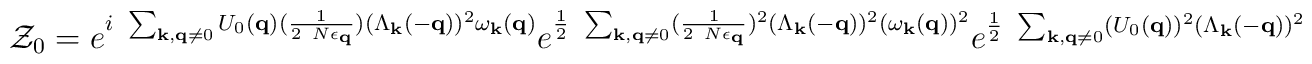
{\mathcal{Z}}_{0} = e^{i\mbox{ }\sum_{ {\bf{k}}, {\bf{q}} \neq 0 }U_{0}({\bf{q}})(\frac{1}{2 \mbox{ }N\epsilon_{ {\bf{q}} }})(\Lambda_{ {\bf{k}} }(-{\bf{q}}))^{2}\omega_{ {\bf{k}} }({\bf{q}}) } e^{\frac{1}{2}\mbox{ }\sum_{ {\bf{k}}, {\bf{q}} \neq 0 }(\frac{1}{2 \mbox{ }N\epsilon_{ {\bf{q}} }})^{2}(\Lambda_{ {\bf{k}} }(-{\bf{q}}))^{2}(\omega_{ {\bf{k}} }({\bf{q}}))^{2} }e^{\frac{1}{2}\mbox{ }\sum_{ {\bf{k}}, {\bf{q}} \neq 0 }(U_{0}({\bf{q}}))^{2}(\Lambda_{ {\bf{k}} }(-{\bf{q}}))^{2} }